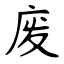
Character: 废